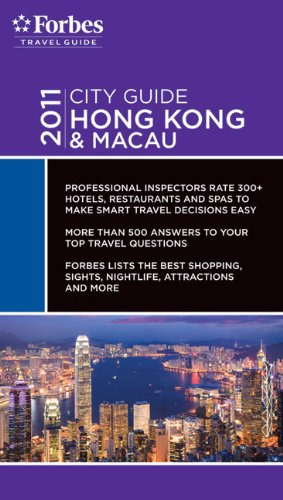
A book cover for Forbes City Guide 2011 Hong Kong & Macau (Forbes Travel Guide City Guide Series); Forbes Travel Guide; Travel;